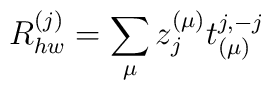
R_{hw}^{(j)}=\sum_{\mu} z_j^{(\mu)}t_{(\mu)}^{j,-j}